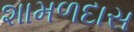
શામળદાસ